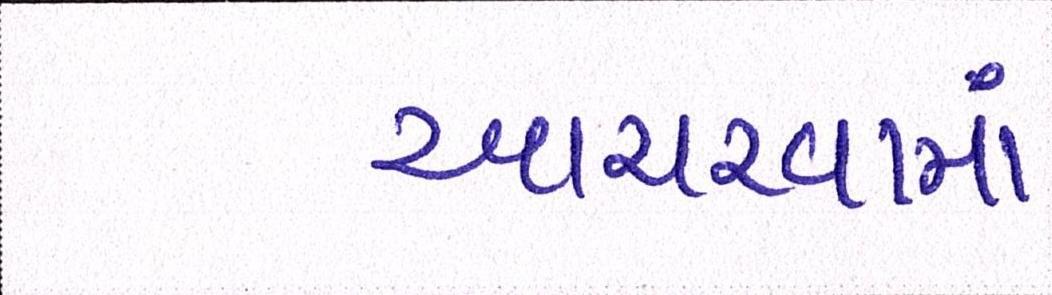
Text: આચરવામાં